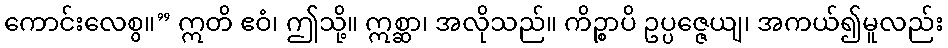
ကောင်းလေစွ။” ဣတိ ဧဝံ၊ ဤသို့။ ဣစ္ဆာ၊ အလိုသည်။ ကိဉ္စာပိ ဥပ္ပဇ္ဇေယျ၊ အကယ်၍မူလည်း